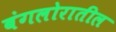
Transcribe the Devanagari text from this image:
बंगलोरातील